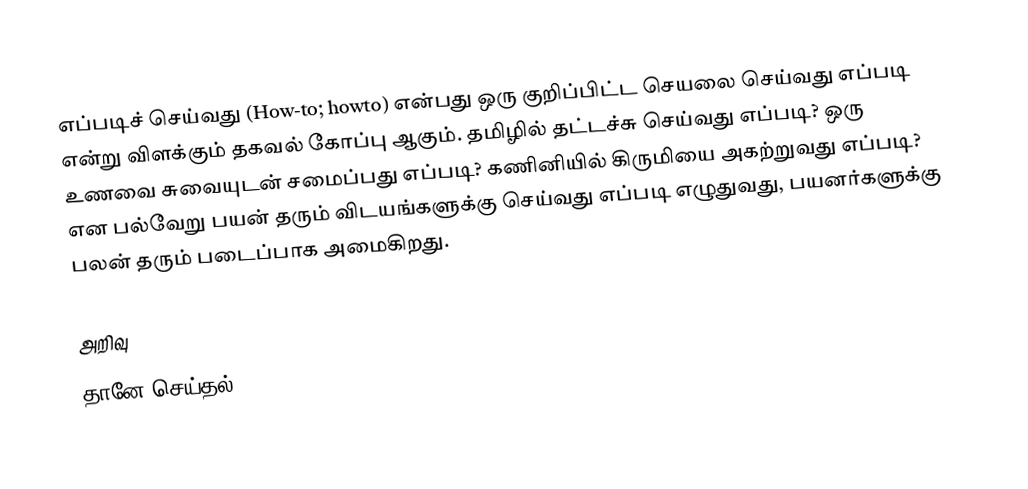
எப்படிச் செய்வது (How-to; howto) என்பது ஒரு குறிப்பிட்ட செயலை செய்வது எப்படி என்று விளக்கும் தகவல் கோப்பு ஆகும். தமிழில் தட்டச்சு செய்வது எப்படி? ஒரு உணவை சுவையுடன் சமைப்பது எப்படி? கணினியில் கிருமியை அகற்றுவது எப்படி? என பல்வேறு பயன் தரும் விடயங்களுக்கு செய்வது எப்படி எழுதுவது, பயனர்களுக்கு பலன் தரும் படைப்பாக அமைகிறது.

அறிவு
தானே செய்தல்